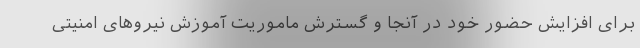
برای افزایش حضور خود در آنجا و گسترش ماموریت آموزش نیروهای امنیتی